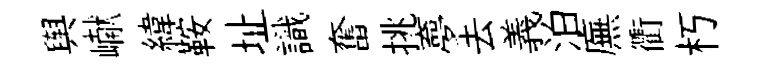
舆𪩘緯鞍址識奮挑夣去義泊廡衢朽